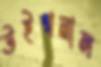
উইগনাল